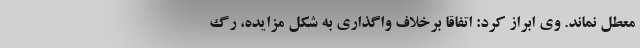
معطل نماند. وی ابراز کرد: اتفاقا برخلاف واگذاری به شکل مزایده، رگ